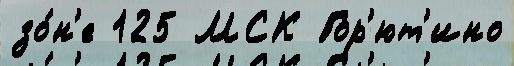
зо́н'е 125 МСК Гор'ют'ино